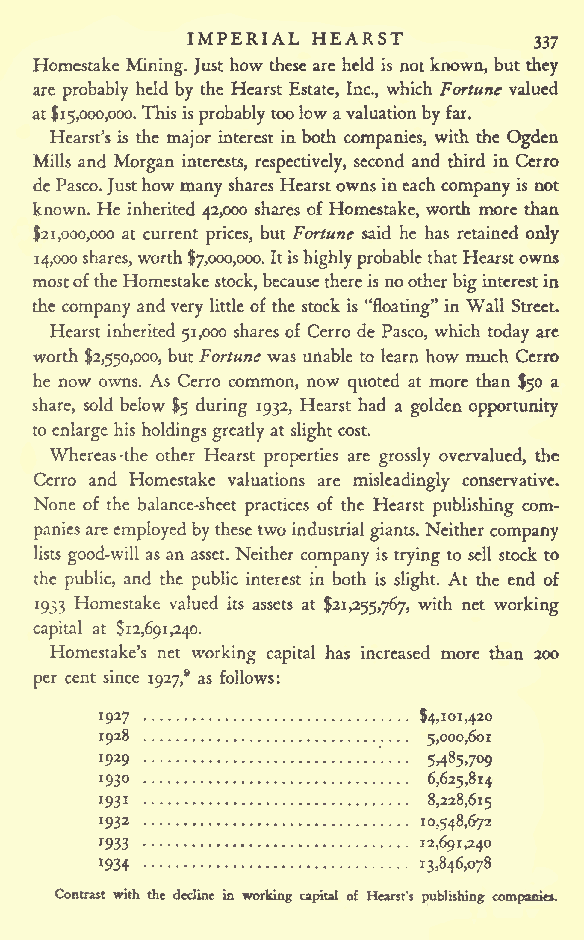
IMPERIAL HEARST
 337
 Homcstake Mining. Just how these are held is notknown, but they
 are probably held by the Hearst Estate, Inc., which Fortune valued
 at$15,000,000.This isprobably toolow avaluationbyfar.
 Hearst's is the major interest in both companies, with the Ogden
 Mills and Morgan interests, respectively, second and third in Cerro
 dcPasco.Justhowmany shares Hearstownsineachcompanyis not
 known. He inherited 42,000 shares ofHomestake, worth more than
 $21,000,000 at current prices, but Fortune said he has retained only
 14,000shares,worth $7,000,000.ItishighlyprobablethatHearstowns
 mostoftheHomestake stock,becausethereis nootherbiginterestin
 the company and very littleof the stock is "floating" in Wall Street.
 Hearst inherited 51,000 sharesof Cerro de Pasco, which today arc
 worth $2,550,000, butFortune was unable to learn how much Cerro
 he now owns. As Cerro common, now quoted at more than $50 a
 share, sold below $5 during 1932, Hearst had a golden opportunity
 toenlarge his holdingsgreatlyat slightcost.
 Whereas-the other Hearst properties are grossly overvalued, the
 Cerro and Homestake valuations are misleadingly conservative.
 None of the balance-sheet practices of the Hearst publishing com-
 paniesareemployedbythesetwo industrialgiants. Neither company
 lists good-will asan asset. Neither company is trying to sell stock to
 the public, and the public interest in both is slight. At the end of
 1933 Homestake valued its assets at $21,255,767, with net working
 capital at $12,691,240.
 Homestake's net working capital has increased more than 200
 per cent since 1927^ as follows:
 1927                 $4,101420
 1928                 5,000,601
 '
 '929                 5>485>7<>9
 1930                 6,625,814
 1931                 8,228,615
 1932                 10,548,672
 1933                 12,691,240
 1934                  13,846,078
 Contrast with the decline in working capital of Hearst's publishing compairie*.